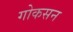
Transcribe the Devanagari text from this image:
गोकसन